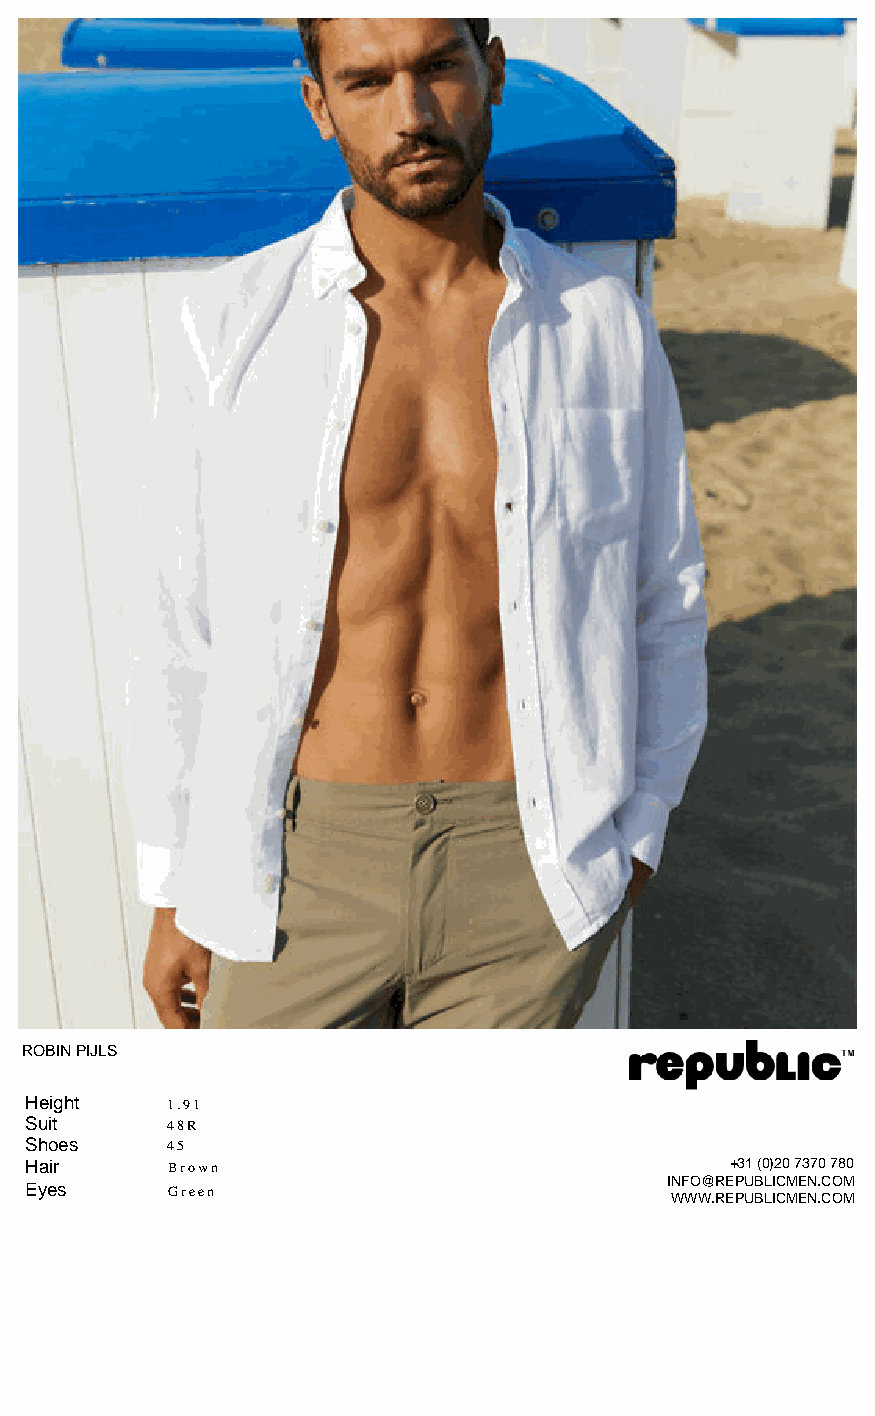
ROBIN PIJLS
 Height   1.91
 Suit     48R
 Shoes    45
 Hair     Brown                                +31 (0)20 7370 780
 INFO@REPUBLICMEN.COM
 Eyes     Green
 WWW.REPUBLICMEN.COM